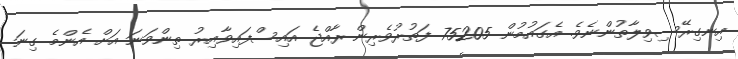
އިނގިރޭސިވިލާތުންނެވެ. އެގައުމުން 75205 ފަތުރުވެރިން ރާއްޖެ އައިސްފައިވާއިރު ތިންވަނަ އަށް އެންމެ ގިނަ